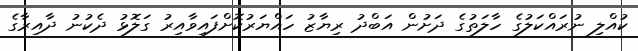
ކުއްލި ނުރައްކަލުގެ ހާލަތުގެ ދަށުން އަބްދު ރިޔާޒު ހައްޔަރުކޮށްފައިވާއިރު ގަލޮޅު ދެކުނު ދާއިރާގެ